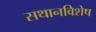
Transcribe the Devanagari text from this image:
सथानविशेष